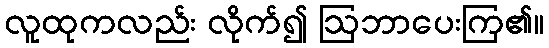
လူထုကလည်း လိုက်၍ ဩဘာပေးကြ၏။